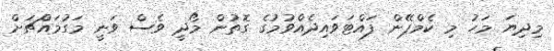
މިދިޔަ މަހު މި ކެމްޕޭން ފައްޓަވައިދެއްވުމުގެ ގޮތުން މޯދީ ވެސް ވަނީ މަގުމައްޗަށް